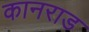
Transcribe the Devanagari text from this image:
कानराड